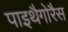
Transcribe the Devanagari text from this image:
पाइथैगोरैस